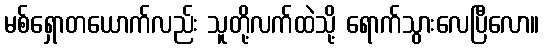
မစ်ရှောတယောက်လည်း သူတို့လက်ထဲသို့ ရောက်သွားလေပြီလော။